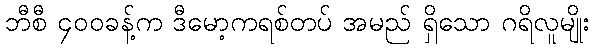
ဘီစီ ၄၀၀ခန့်က ဒီမော့ကရစ်တပ် အမည် ရှိသော ဂရိလူမျိုး